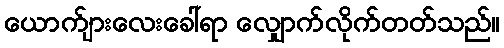
ယောက်ျားလေးခေါ်ရာ လျှောက်လိုက်တတ်သည်။